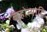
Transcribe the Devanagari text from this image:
जुहोत्यादि